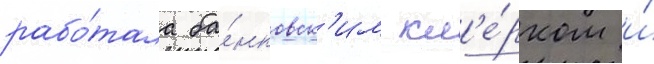
рабо́тала ба́нковск'им кл'е́рком и́